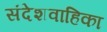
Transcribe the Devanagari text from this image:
संदेशवाहिका